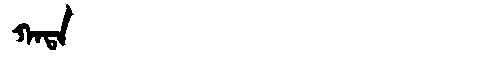
Manchu: ᡴᠠᡨᠠ
Romanization: KATA